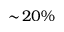
\sim \! 2 0 \%